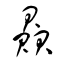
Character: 贔